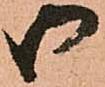
御